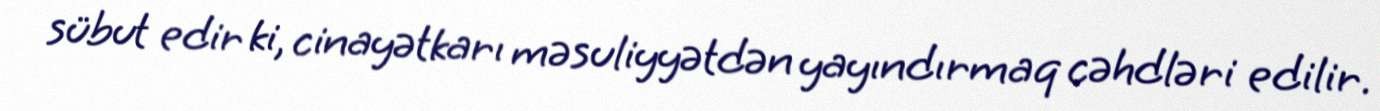
sübut edir ki, cinayətkarı məsuliyyətdən yayındırmaq cəhdləri edilir.